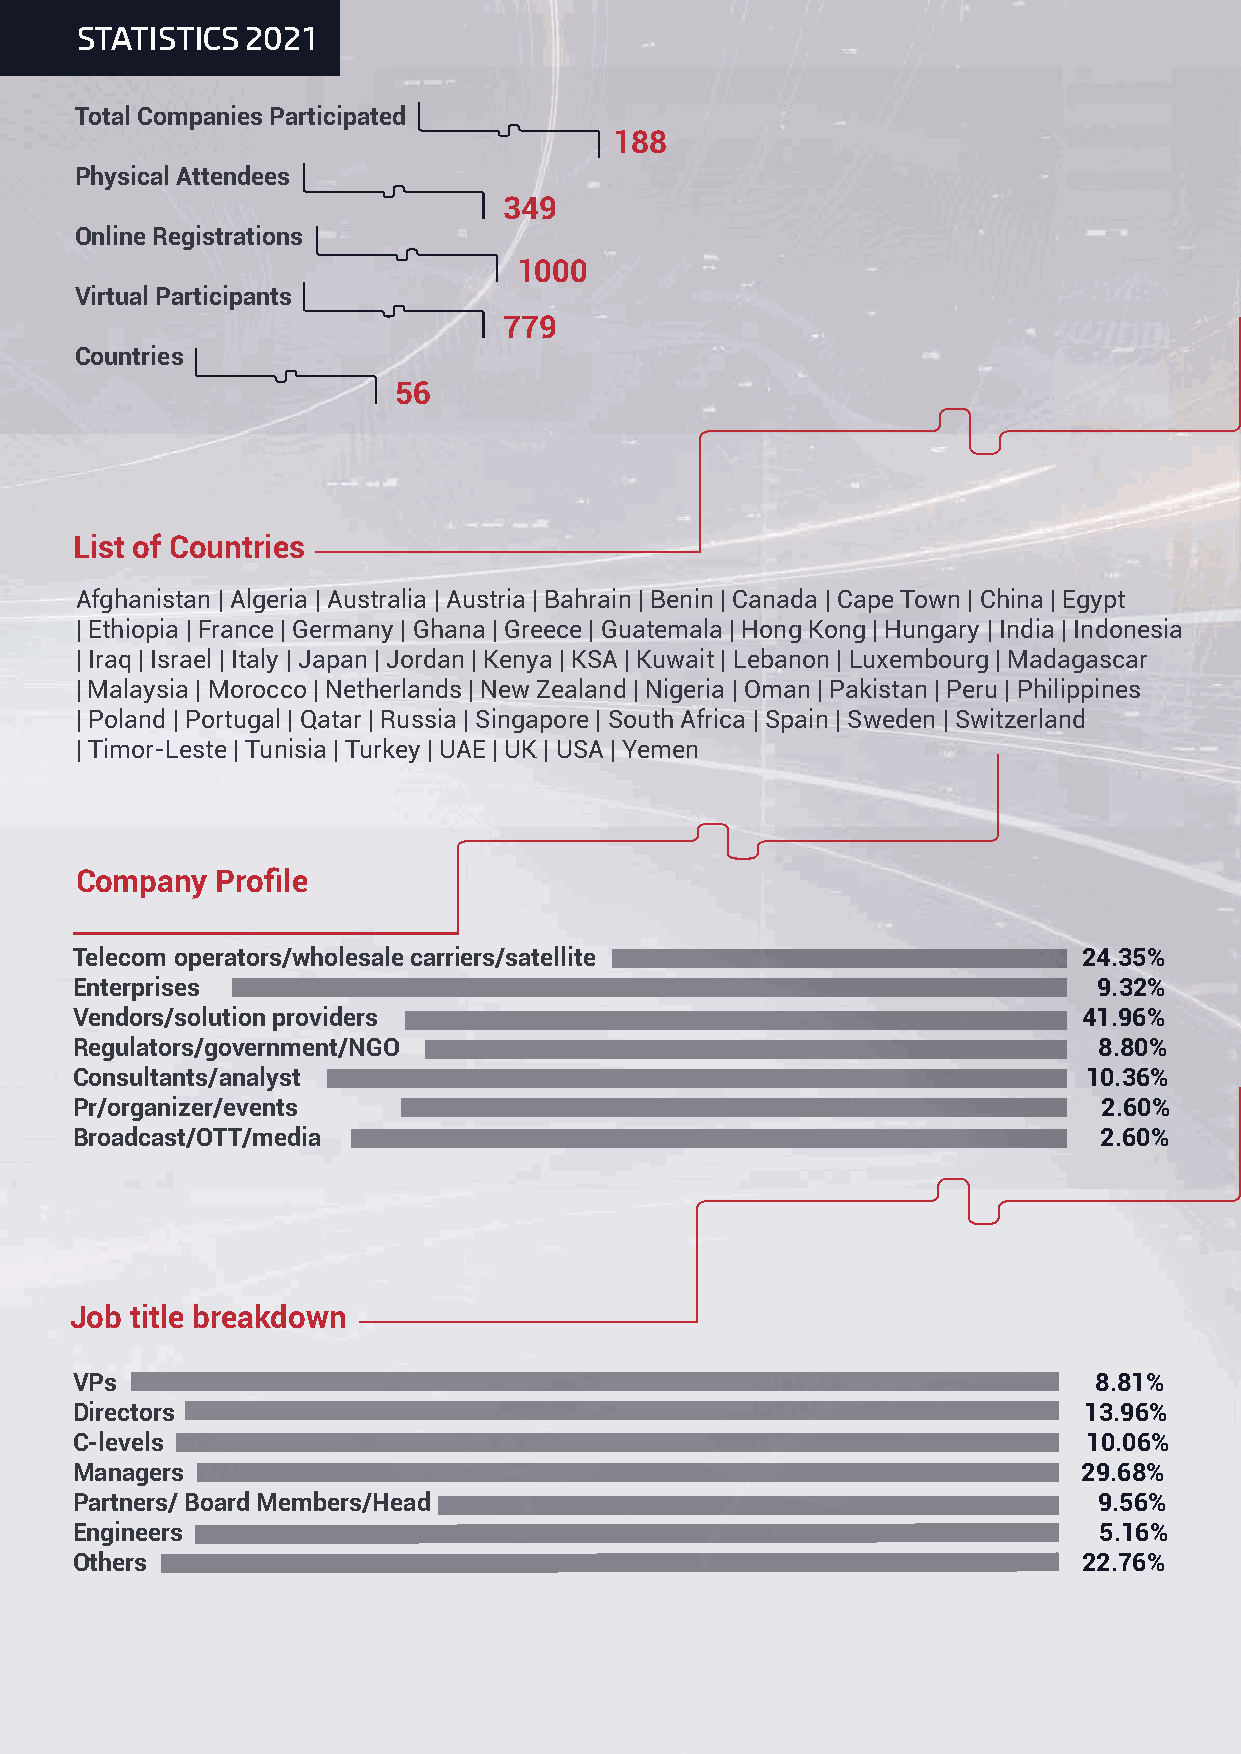
STATISTICS 2021
 Total Companies Participated
 188
 Physical Attendees
 349
 Online Registrations
 1000
 Virtual Participants
 779
 Countries
 56
 List of Countries
 Afghanistan | Algeria | Australia | Austria | Bahrain | Benin | Canada | Cape Town | China | Egypt
 | Ethiopia | France | Germany | Ghana | Greece | Guatemala | Hong Kong | Hungary | India | Indonesia
 | Iraq | Israel | Italy | Japan | Jordan | Kenya | KSA | Kuwait | Lebanon | Luxembourg | Madagascar
 | Malaysia | Morocco | Netherlands | New Zealand | Nigeria | Oman | Pakistan | Peru | Philippines
 | Poland | Portugal | Qatar | Russia | Singapore | South Africa | Spain | Sweden | Switzerland
 | Timor-Leste | Tunisia | Turkey | UAE | UK | USA | Yemen
 Company  Profile
 Telecom operators/wholesale carriers/satellite                     24.35%
 Enterprises                                                         9.32%
 Vendors/solution providers                                         41.96%
 Regulators/government/NGO                                           8.80%
 Consultants/analyst                                                10.36%
 Pr/organizer/events                                                 2.60%
 Broadcast/OTT/media                                                 2.60%
 Job title breakdown
 VPs                                                                8.81%
 Directors                                                          13.96%
 C-levels                                                           10.06%
 Managers                                                           29.68%
 Partners/ Board Members/Head                                        9.56%
 Engineers                                                           5.16%
 Others                                                             22.76%